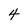
Character: 4